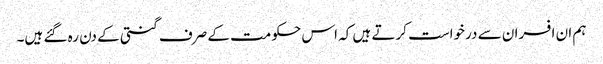
ہم ان افسران سے درخواست کرتے ہیں کہ اس حکومت کے صرف گنتی کے دن رہ گئے ہیں۔